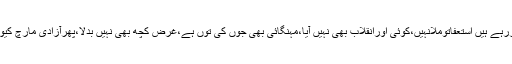
لوگ سوال کررہے ہیں استعفاتوملانہیں،کوئی اورانقلاب بھی نہیں آیا،مہنگائی بھی جوں کی توں ہے،غرض کچھ بھی نہیں بدلا،پھرآزادی مارچ کیوں ختم کیاگیا؟